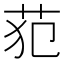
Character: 𰰰